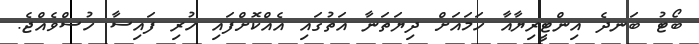
ބޯޓު ބަނދެ އިންޓީރިޔާއާ ހަމައަށް ދިޔަތަނާ އަތުގައި އެއްކޮށްފައި ހުރި ފައިސާ ހުސްވެއްޖެ.